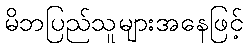
မိဘပြည်သူများအနေဖြင့်